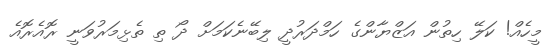
މީހެއް! ކަލޭ ހިތުން އަޒްޔާންގެ ހަމްދަރުދީ ލިބޭނެކަމަށް ދޯ ތި ތެޅިމަރުވަނީ ރޮއެރޮއެ